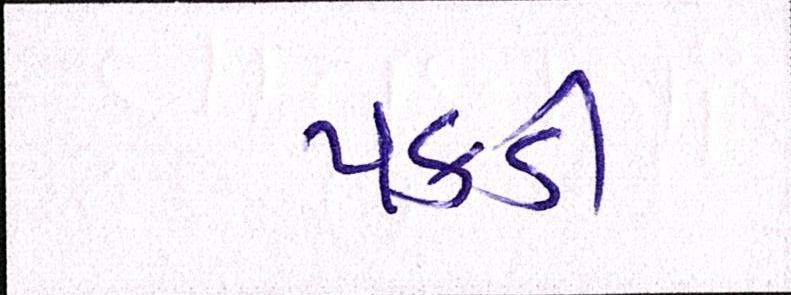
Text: પકડી